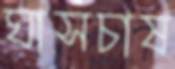
ঘাসচাষ